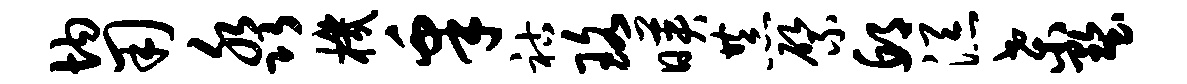
均用淼机皋祜珞映恭綮邱添桑墅